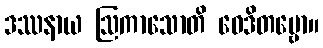
ဒဿနာယ ဩကာသောတိ ဝေဒိတဗ္ဗော။